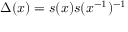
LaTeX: \Delta ( x ) = s ( x ) s ( x ^ { - 1 } ) ^ { - 1 }